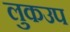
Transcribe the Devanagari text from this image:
लुकउप